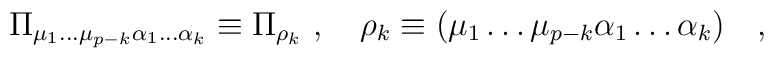
\Pi_{\mu_1\dots\mu_{p-k}\alpha_1\dots\alpha_k}\equiv\Pi_{\rho_k}      \ ,\quad \rho_k\equiv(\mu_1\dots \mu_{p-k}\alpha_1\dots \alpha_k)\quad ,